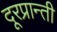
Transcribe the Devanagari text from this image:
दूरप्रान्ती